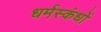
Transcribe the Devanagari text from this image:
धर्मस्कंधों